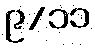
၉/၁၁